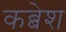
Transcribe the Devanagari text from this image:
कब्बेश